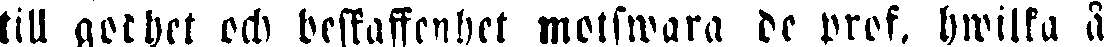
till got het och beskaffenhet motswara de prof. hwilka å